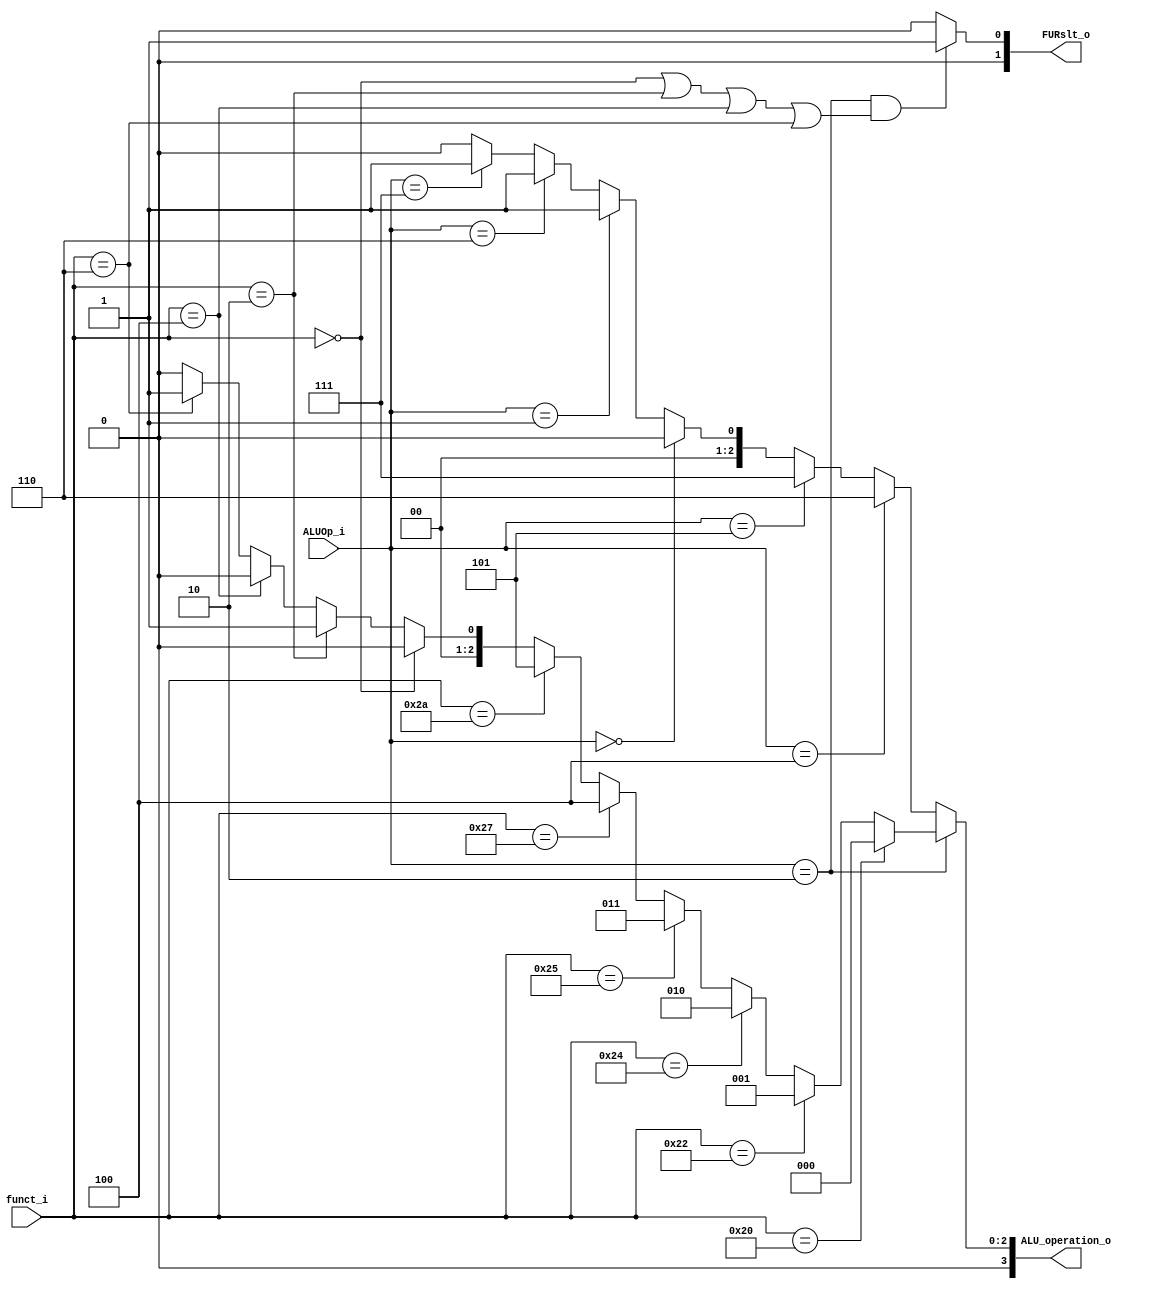
module ALU_Ctrl( funct_i, ALUOp_i, ALU_operation_o, FURslt_o );

//I/O ports 
input      [6-1:0] funct_i;
input      [3-1:0] ALUOp_i;

output     [4-1:0] ALU_operation_o;  
output     [2-1:0] FURslt_o;
     
//Internal Signals
wire		[4-1:0] ALU_operation_o;
wire		[2-1:0] FURslt_o;

//Main function
/*your code here*/
assign ALU_operation_o = (ALUOp_i == 3'b010)? (funct_i == 32)? 0 :	//add
											  (funct_i == 34)? 1 : 	//sub
											  (funct_i == 36)? 2 :  //and
											  (funct_i == 37)? 3 :	//or
											  (funct_i == 39)? 4 :	//nor
											  (funct_i == 42)? 5 :	//slt
											  (funct_i == 0)?  0 :   //sll
											  (funct_i == 2)?  1 :   //srl
											  (funct_i == 4)?  0 :    //sllv
											  (funct_i == 6)?  1 : 0 ://srlv
						(ALUOp_i == 3'b100)? 6:    //addi
						(ALUOp_i == 3'b101)? 7:    // lui
						(ALUOp_i == 3'b000)? 0:	//lw sw
						(ALUOp_i == 3'b001)? 1:	//beq
						(ALUOp_i == 3'b110)? 1:	//bne
						(ALUOp_i == 3'b111)? 1: //blt
						(ALUOp_i == 3'b011)? 0: //bgez X
						0; 
// ALU result    shifter result
assign FURslt_o = (ALUOp_i == 3'b010 && (funct_i == 0 || funct_i == 2 || funct_i == 4 || funct_i == 6))? 1 : 0;


endmodule